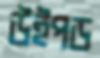
উইপড